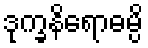
ဒုက္ခနိရောဓမ္ပိ